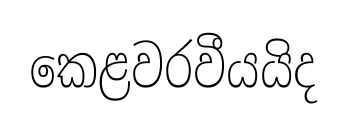
කෙළවරවීයයිද